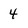
Character: 4